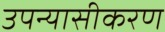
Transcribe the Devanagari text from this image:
उपन्‍यासीकरण